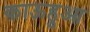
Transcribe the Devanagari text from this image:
काऊहुआ